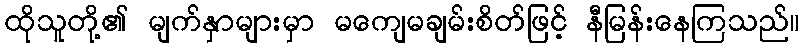
ထိုသူတို့၏ မျက်နှာများမှာ မကျေမချမ်းစိတ်ဖြင့် နီမြန်းနေကြသည်။